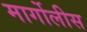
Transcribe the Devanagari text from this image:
मार्गोलीस